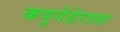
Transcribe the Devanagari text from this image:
कपुगेडेराला